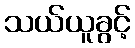
သယ်ယူခွင့်